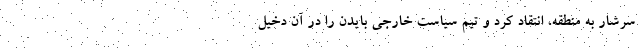
سرشار به منطقه، انتقاد کرد و تیم سیاست خارجی بایدن را در آن دخیل